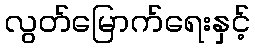
လွတ်မြောက်ရေးနှင့်